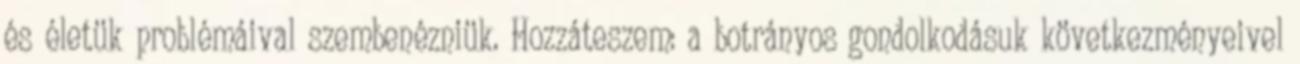
és életük problémáival szembenézniük. Hozzáteszem: a botrányos gondolkodásuk következményeivel